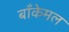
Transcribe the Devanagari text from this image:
बाँकेमल